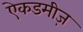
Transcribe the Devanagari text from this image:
ऐकडमीज़